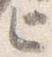
匕